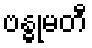
ဗန္ဓုမတီ